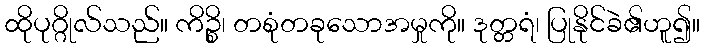
ထိုပုဂ္ဂိုလ်သည်။ ကိဉ္စိ၊ တစုံတခုသောအမှုကို။ ဒုတ္တရံ၊ ပြုနိုင်ခဲ၏ဟူ၍။